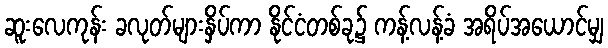
ဆူးလေကုန်း ခလုတ်များနှိပ်ကာ နိုင်ငံတစ်ခု၌ ကန့်လန့်ခံ အရိပ်အယောင်မျှ